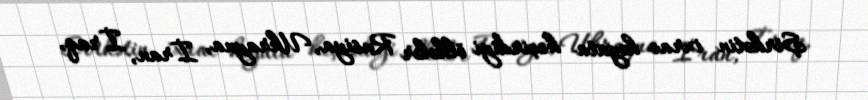
Şirkətin ixrac həyata keçirdiyi ölkələr Rusiya, Ukrayna, İran, İraq,